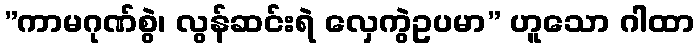
”ကာမဂုဏ်စွဲ၊ လွန်ဆင်းရဲ လှေကွဲဥပမာ” ဟူသော ဂါထာ